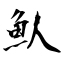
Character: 魜